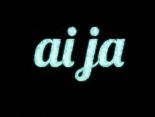
ai ja